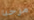
مرحبا